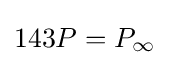
143P=P_{\infty }